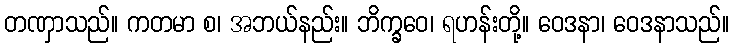
တဏှာသည်။ ကတမာ စ၊ အဘယ်နည်း။ ဘိက္ခဝေ၊ ရဟန်းတို့။ ဝေဒနာ၊ ဝေဒနာသည်။